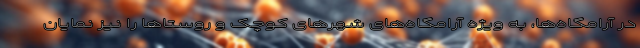
در آرامگاه‌ها، به ویژه آرامگاه‌های شهرهای کوچک و روستاها را نیز نمایان